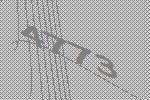
4773